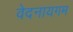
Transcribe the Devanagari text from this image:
वेदनायगम